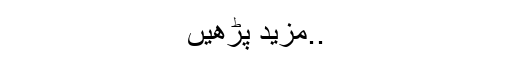
..مزید پڑھیں